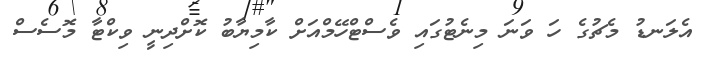
އެލަނޑު މެޗުގެ ހަ ވަނަ މިނެޓުގައި ވެސްޓްހޭމްއަށް ކާމިޔާބު ކޮށްދިނީ ވިކްޓާ މޮސެސް